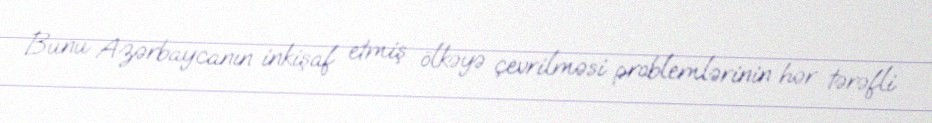
Bunu Azərbaycanın inkişaf etmiş ölkəyə çevrilməsi problemlərinin hər tərəfli